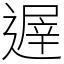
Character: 遟